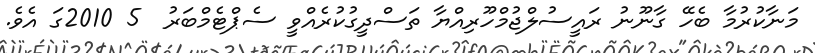
މަނާކުރުމާ ބެހޭ ގާނޫނު ރައީސުލްޖުމްހޫރިއްޔާ ތަސްދީގުކުރެއްވީ ސެޕްޓެމްބަރު  5 2010ގަ އެވެ.